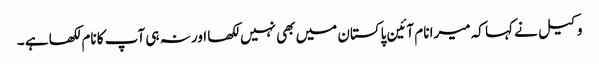
وکیل نے کہا کہ میرا نام آئین پاکستان میں بھی نہیں لکھا اور نہ ہی آپ کا نام لکھا ہے ۔